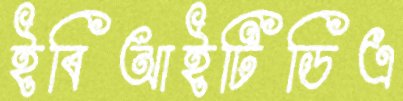
ইবিআইটিডিএ